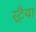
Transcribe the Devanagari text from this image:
स्ट्रैया